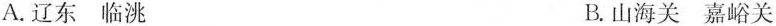
A.辽东临洮 B.山海关嘉峪关